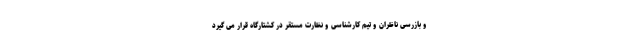
و بازرسی ناظران و تیم کارشناسی و نظارت مستقر در کشتارگاه قرار می گیرد